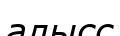
алысс